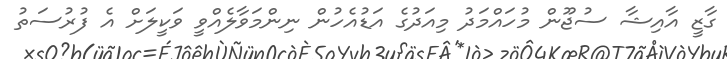
ގާޒީ އާއިޝާ ސުޖޫން މުހައްމަދު މިއަދުގެ އަޑުއެހުން ނިންމަވާލެއްވީ ވަކީލަށް އެ ފުރުސަތު